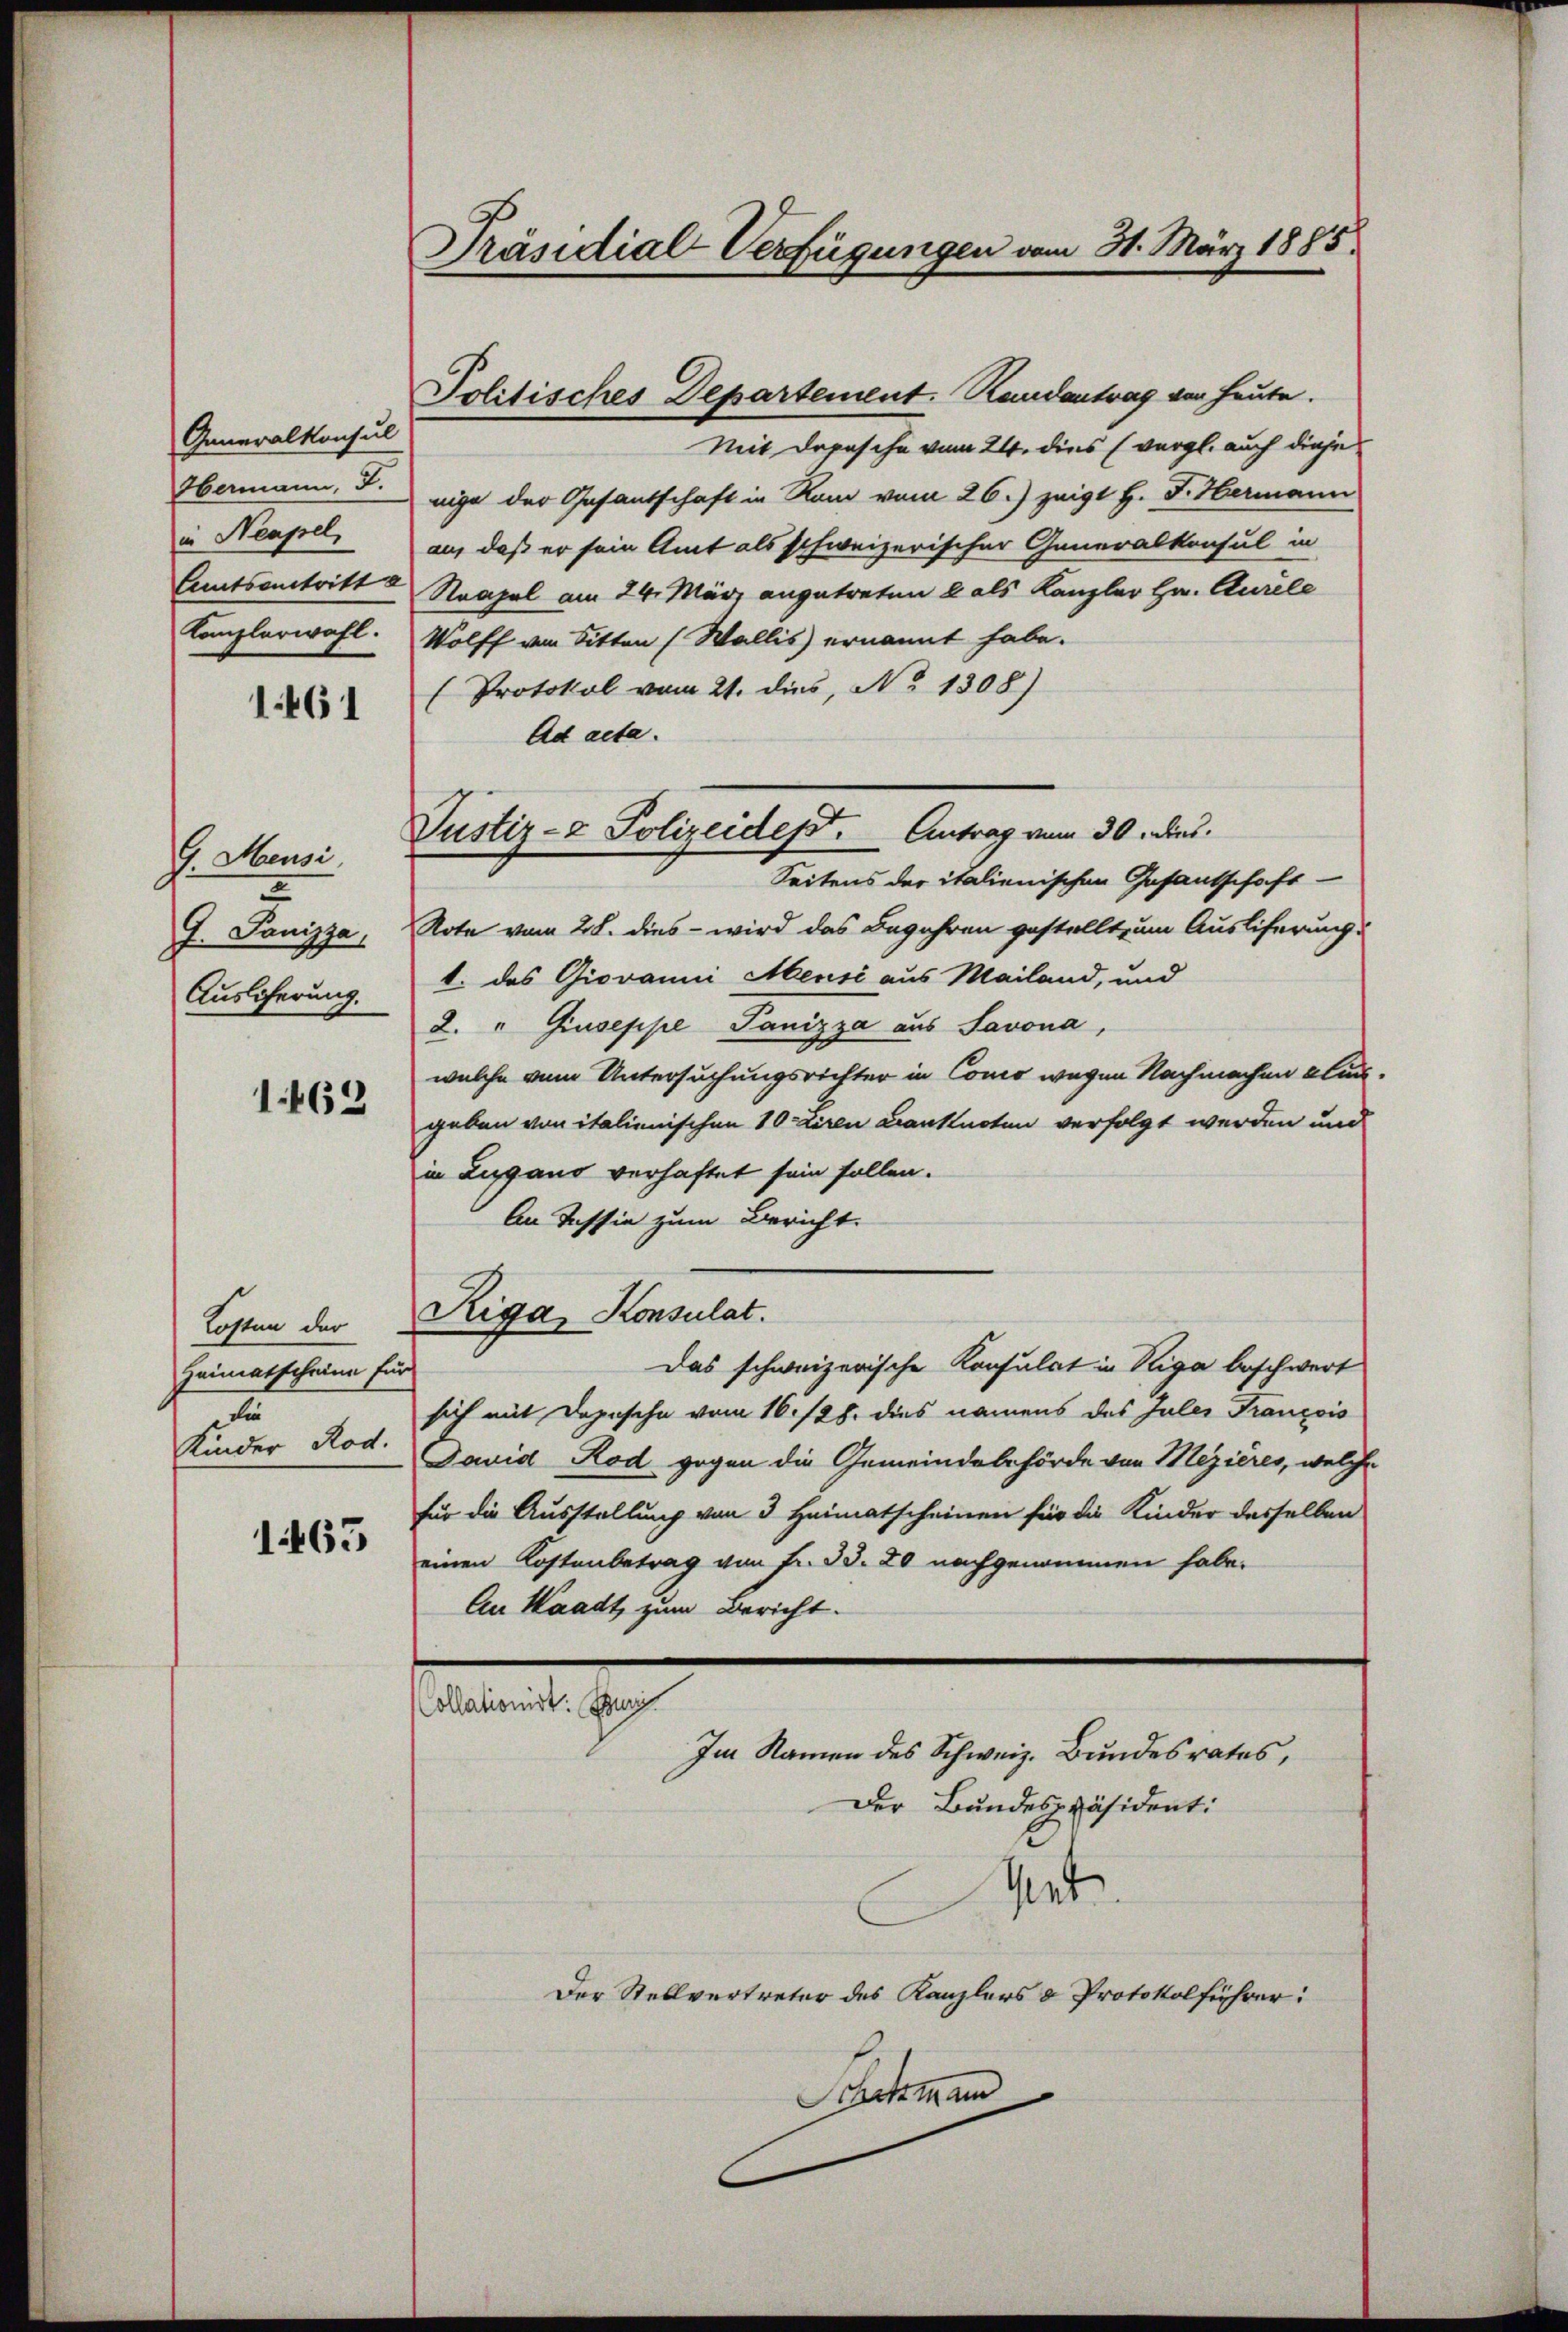
Generalkonsul
Hermann, F.
in Neapel,
Aamtsanstritt a
Komplerwahl.

1461

G Musi
7
J. Panizza,
Auslieferung.

1463

Kosten der
Heimatscheine für
t
Kinder Rod.

1465

Präsidial-Verfügungen am 31. März 1885

Politisches Departement. Randantrag von heute.

Justiz- & Polizeidept. Antrag vom 30. dies

Mit Depesche vom 24. dies (vergl. auch diese
nige der Gesantschaft in Rom vom 26.) zeigt H. F. Hermann
an, daß er sein Amt als schweizerischer Generalkonsul in
Neapel am 24. März angetreten & als Kanzler Hr. Curele
Wolff von Sitten (Wallis ernannt habe.
Protokol vom 21. dies, No 1308)
Ad acta.
Seitens der italienischen Gesantschaft-
Rote vom 28. dies - wird das Begehren gestellt zum Ausliferung
1. das Giovanni Mensé aus Mailand, und
2. " Giuseppe Panizza aus Savona,
welche vom Untersuchungsrichter in Conco wegen Nachmachen auch
geben von italienischen 10 Liren Banknoten verfolgt werden und
in Lugano verhaftet sein sollen.
An Tessin zum Bericht.
Riga, Konsulat.
Das schweizerische Konsulat in Riga beschwert
sich mit Depesche vom 16. 128. dies namens des Juler Francois
Javid Rod gegen die Gemeindebehörde von Mezières, welche
für die Ausstellung von 3 Heimatscheinen für die Kinder desselben
einen Kostenbetrag von Fr. 33. 20 nachgenommen habe.
An Waadt, zum Bericht.
ement ge
Im Namen des Schweiz. Bundesrates,
Der Bundespräsident:
Vet
Der Stellvertreter des Kanzlers & Protokolführer:

Schckmann